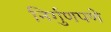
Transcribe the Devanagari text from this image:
निर्गुणपणे